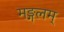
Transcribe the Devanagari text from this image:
मङ्गलम्